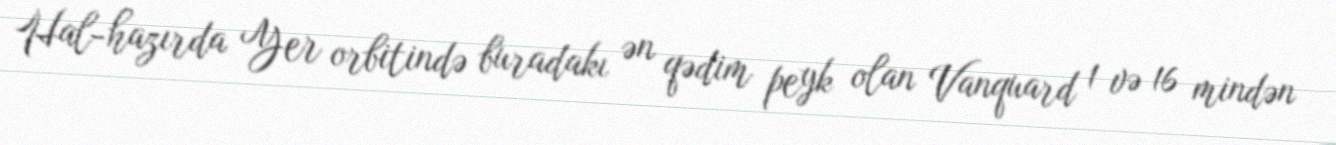
Hal-hazırda Yer orbitində buradakı ən qədim peyk olan Vanquard 1 və 16 mindən